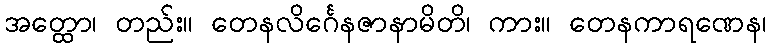
အတ္ထော၊ တည်း။ တေနလိင်္ဂေနဇာနာမိတိ၊ ကား။ တေနကာရဏေန၊